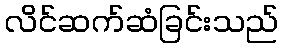
လိင်ဆက်ဆံခြင်းသည်